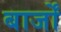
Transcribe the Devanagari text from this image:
बार्जों